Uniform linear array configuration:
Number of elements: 4
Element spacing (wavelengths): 1
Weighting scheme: cosine
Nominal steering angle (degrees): -45
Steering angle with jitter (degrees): -43.112
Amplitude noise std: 0.05
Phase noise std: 0.05

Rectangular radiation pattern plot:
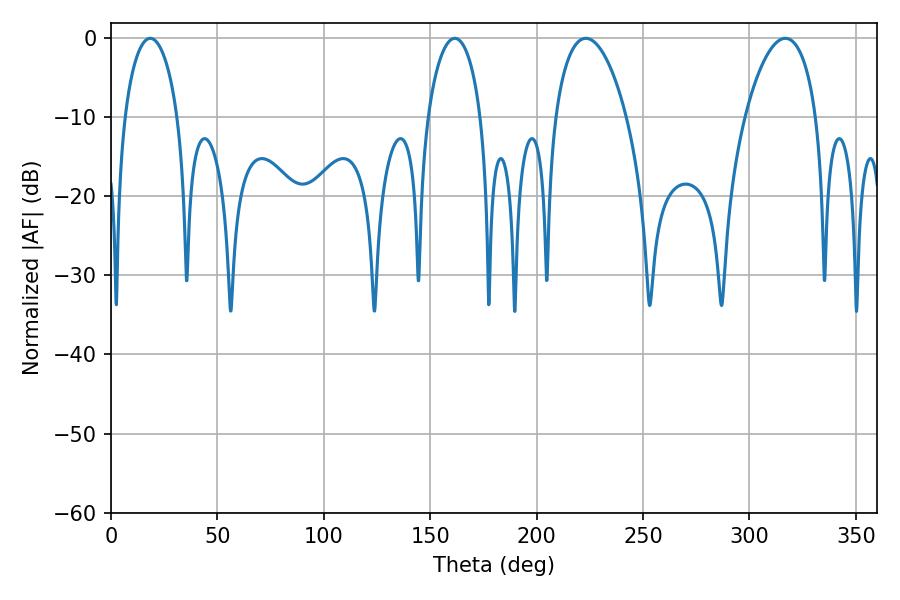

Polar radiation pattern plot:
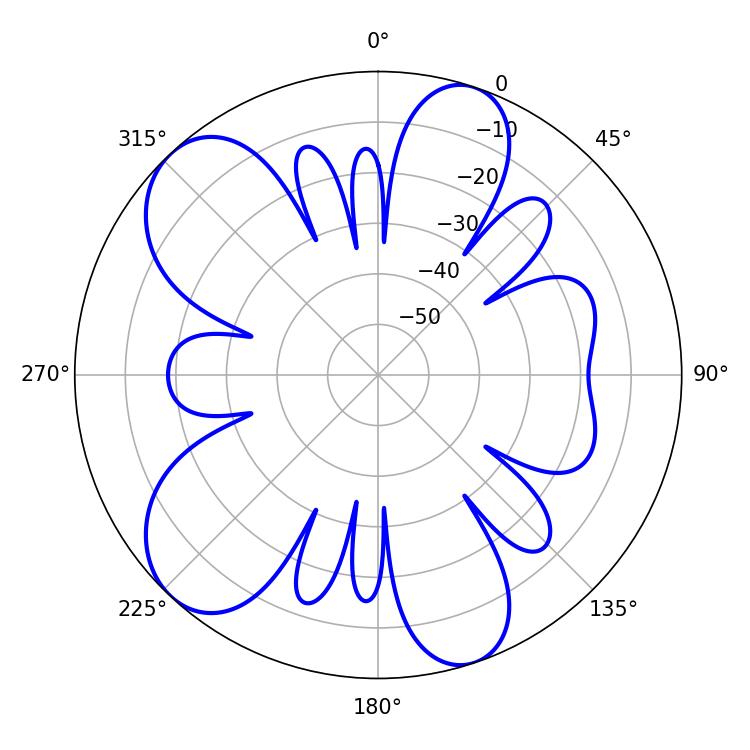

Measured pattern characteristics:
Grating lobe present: TRUE
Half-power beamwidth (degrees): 19.08
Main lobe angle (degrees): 316.8